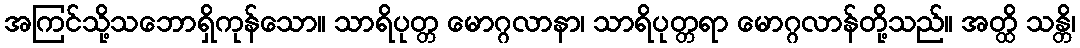
အကြင်သို့သဘောရှိကုန်သော။ သာရိပုတ္တ မောဂ္ဂလာနာ၊ သာရိပုတ္တရာ မောဂ္ဂလာန်တို့သည်။ အတ္ထိ သန္တိ၊